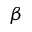
\beta